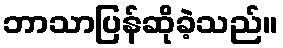
ဘာသာပြန်ဆိုခဲ့သည်။